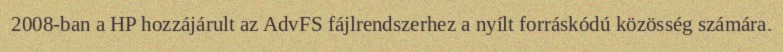
2008-ban a HP hozzájárult az AdvFS fájlrendszerhez a nyílt forráskódú közösség számára.